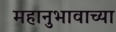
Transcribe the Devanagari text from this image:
महानुभावाच्या